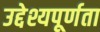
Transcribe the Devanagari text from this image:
उद्देश्यपूर्णता